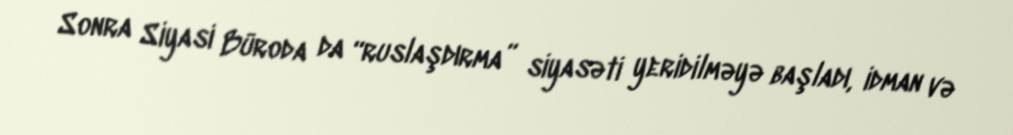
Sonra Siyasi Büroda da “ruslaşdırma” siyasəti yeridilməyə başladı, idman və